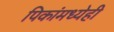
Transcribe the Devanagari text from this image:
पिकांमध्येही